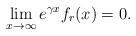
LaTeX: \begin{align*} \lim_{x\to\infty}e^{\gamma x}f_r(x)=0.\end{align*}